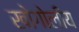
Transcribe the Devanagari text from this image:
खोगोलीय